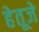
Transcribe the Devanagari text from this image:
हेतूजे